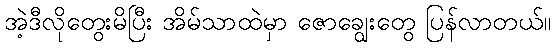
အဲ့ဒီလိုတွေးမိပြီး အိမ်သာထဲမှာ ဇောချွေးတွေ ပြန်လာတယ်။